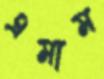
এমাম